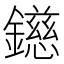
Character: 𨭨